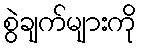
စွဲချက်များကို